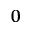
_ { 0 }